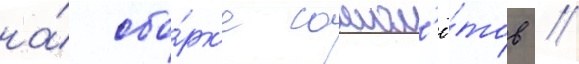
на́ сбо́рк'е самол'ё́тов //